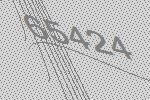
65424